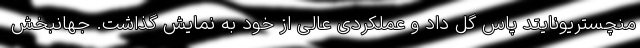
منچستریونایتد پاس گل داد و عملکردی عالی از خود به نمایش گذاشت. جهانبخش